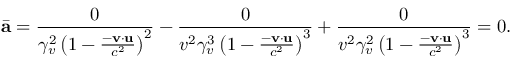
\bar { \mathbf { a } } = \frac { 0 } { \gamma _ { v } ^ { 2 } \left( 1 - \frac { - \mathbf { v } \cdot \mathbf { u } } { c ^ { 2 } } \right) ^ { 2 } } - \frac { 0 } { v ^ { 2 } \gamma _ { v } ^ { 3 } \left( 1 - \frac { - \mathbf { v } \cdot \mathbf { u } } { c ^ { 2 } } \right) ^ { 3 } } + \frac { 0 } { v ^ { 2 } \gamma _ { v } ^ { 2 } \left( 1 - \frac { - \mathbf { v } \cdot \mathbf { u } } { c ^ { 2 } } \right) ^ { 3 } } = 0 .